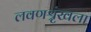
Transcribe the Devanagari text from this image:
लवणश्रृंखला